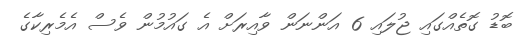
ބޮޑު ގޮތެއްގައި ޖުލައި 6 އަންނަން ވާއިރަށް އެ ގައުމުން ވެސް އެމެރިކާގެ